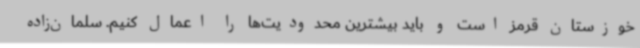
خوزستان قرمز است و باید بیشترین محدودیت‌ها را اعمال کنیم. سلمان‌زاده